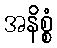
အနိစ္စံ